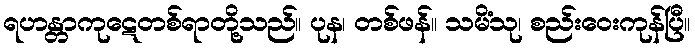
ရဟန္တာကုဋေတစ်ရာတို့သည်။ ပုန၊ တစ်ဖန်။ သမိံသု၊ စည်းဝေးကုန်ပြီ။